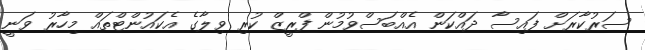
ސަރުކާރަށް ފައިސާ ދައްކަން އެއްބަސްވުމުން ފްރީޒް ކުރި ވިލާގެ އެކައުންޓްތައް މިހާރު ވަނީ